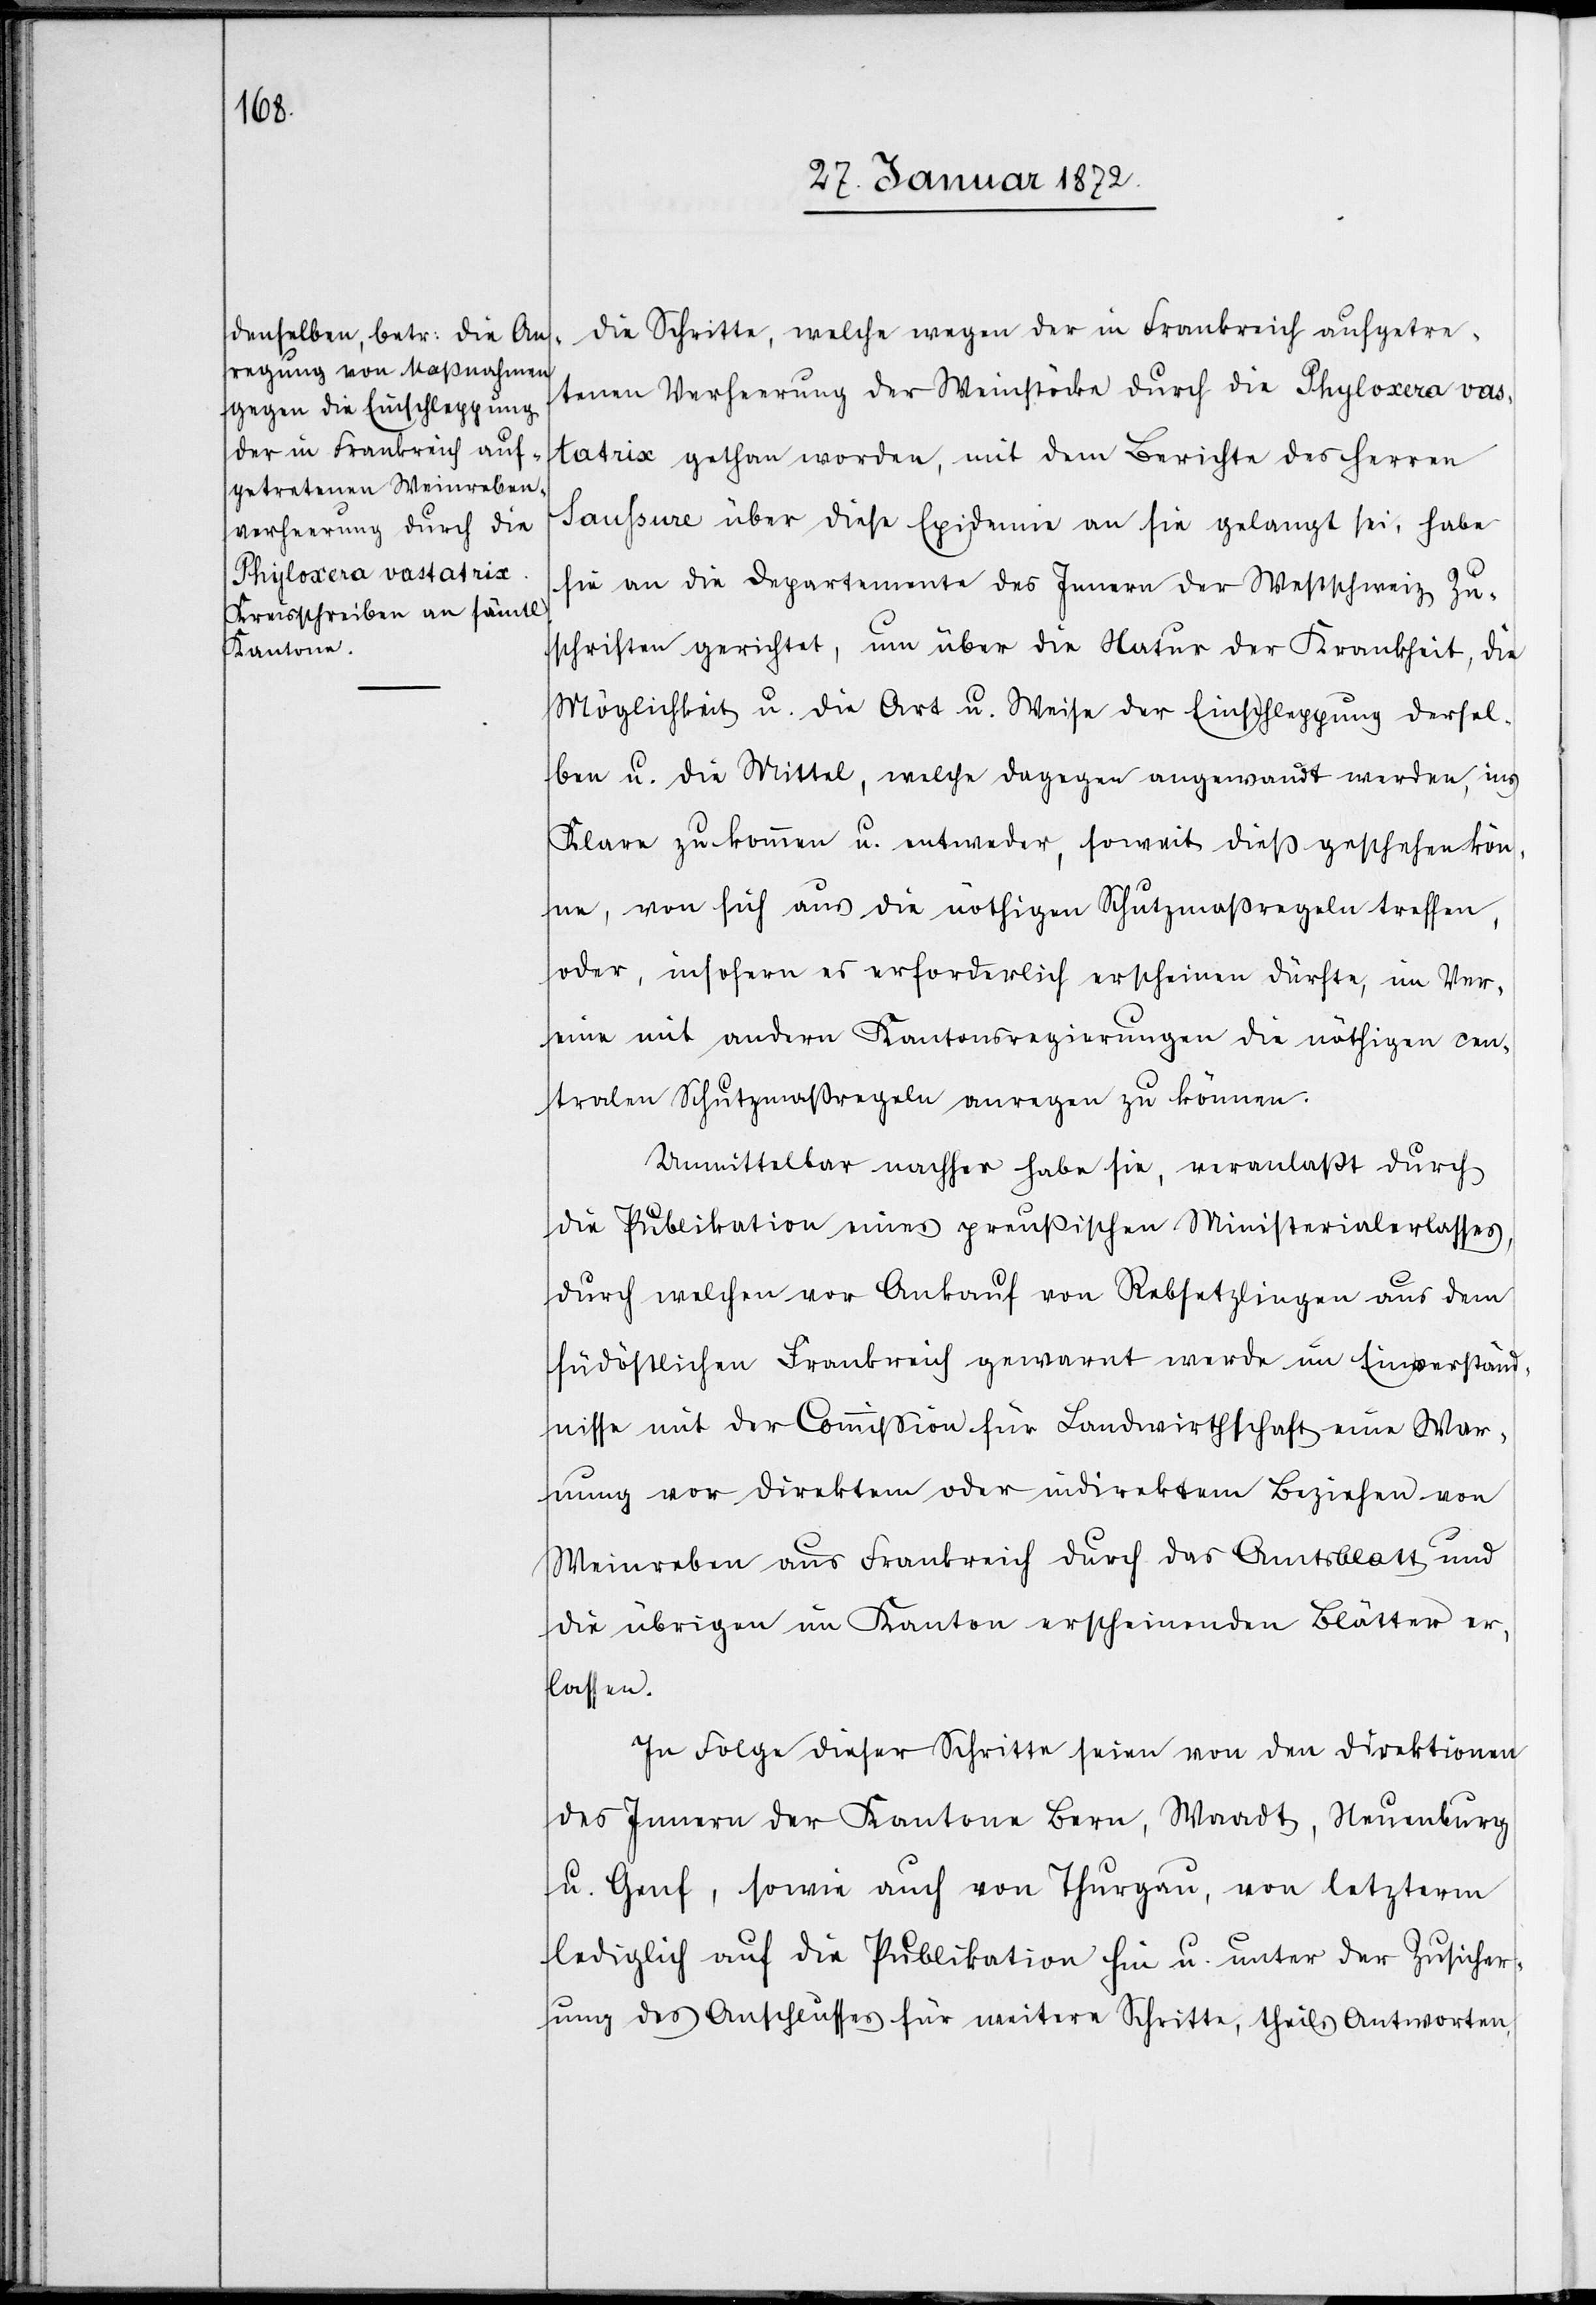
die Schritte, welche wegen der in Frankreich aufgetre¬
tenen Verheerung der Weinstöcke durch die Phyloxera vas¬
tatrix gethan worden, mit dem Berichte des Herren
Saussure über diese Epidemie an sie gelangt sei, habe
sie an die Departemente des Innern der Westschweiz Zu¬
schriften gerichtet, um über die Natur der Krankheit, die
Möglichkeit u. die Art u. Weise der Einschleppung dersel¬
ben u. die Mittel, welche dagegen angewandt werden, ins
Klare zu kommen u. entweder, soweit dieß geschehen kön¬
ne, von sich aus die nöthigen Schutzmaßregeln treffen,
oder, insofern es erforderlich erscheinen dürfte, im Ver¬
eine mit andern Kantonsregierungen die nöthigen cen¬
tralen Schutzmaßregeln anregen zu können.
Unmittelbar nachher habe sie, veranlaßt durch
die Publikation eines preußischen Ministerialerlasses,
durch welchen vor Ankauf von Rebsetzlingen aus dem
südöstlichen Frankreich gewarnt werde im Einverständ¬
nisse mit der Commission für Landwirthschaft eine War¬
nung vor direktem oder indirektem Beziehen von
Weinreben aus Frankreich durch das Amtsblatt und
die übrigen im Kanton erscheinenden Blätter er¬
lassen.
In Folge dieser Schritte seien von den Direktionen
des Innern der Kantone Bern, Waadt, Neuenburg
u. Genf, sowie auch von Thurgau, von letzterm
lediglich auf die Publikation hin u. unter der Zusicher¬
ung des Anschlusses für weitere Schritte, theils Antworten